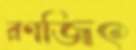
রণজিৎ